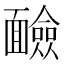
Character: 䩎